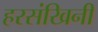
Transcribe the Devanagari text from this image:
हरसंखिनी